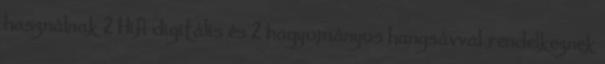
használnak 2 Hifi digitális és 2 hagyományos hangsávval rendelkeznek